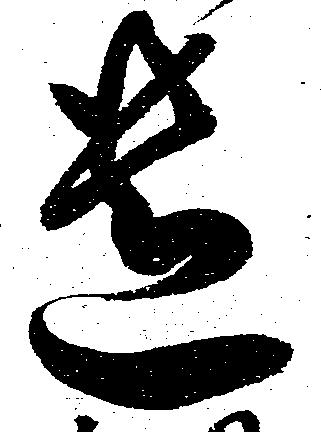
遺